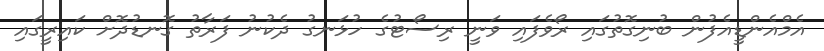
އެމްއެންޑީއެފުން ބުނިގޮތުގައި ރޯވެފައި ވަނީ ރިސޯޓުގެ ހުޅަނގު ދެކުނު ފަރާތު ގޮނޑުދޮށް ކައިރީގައި